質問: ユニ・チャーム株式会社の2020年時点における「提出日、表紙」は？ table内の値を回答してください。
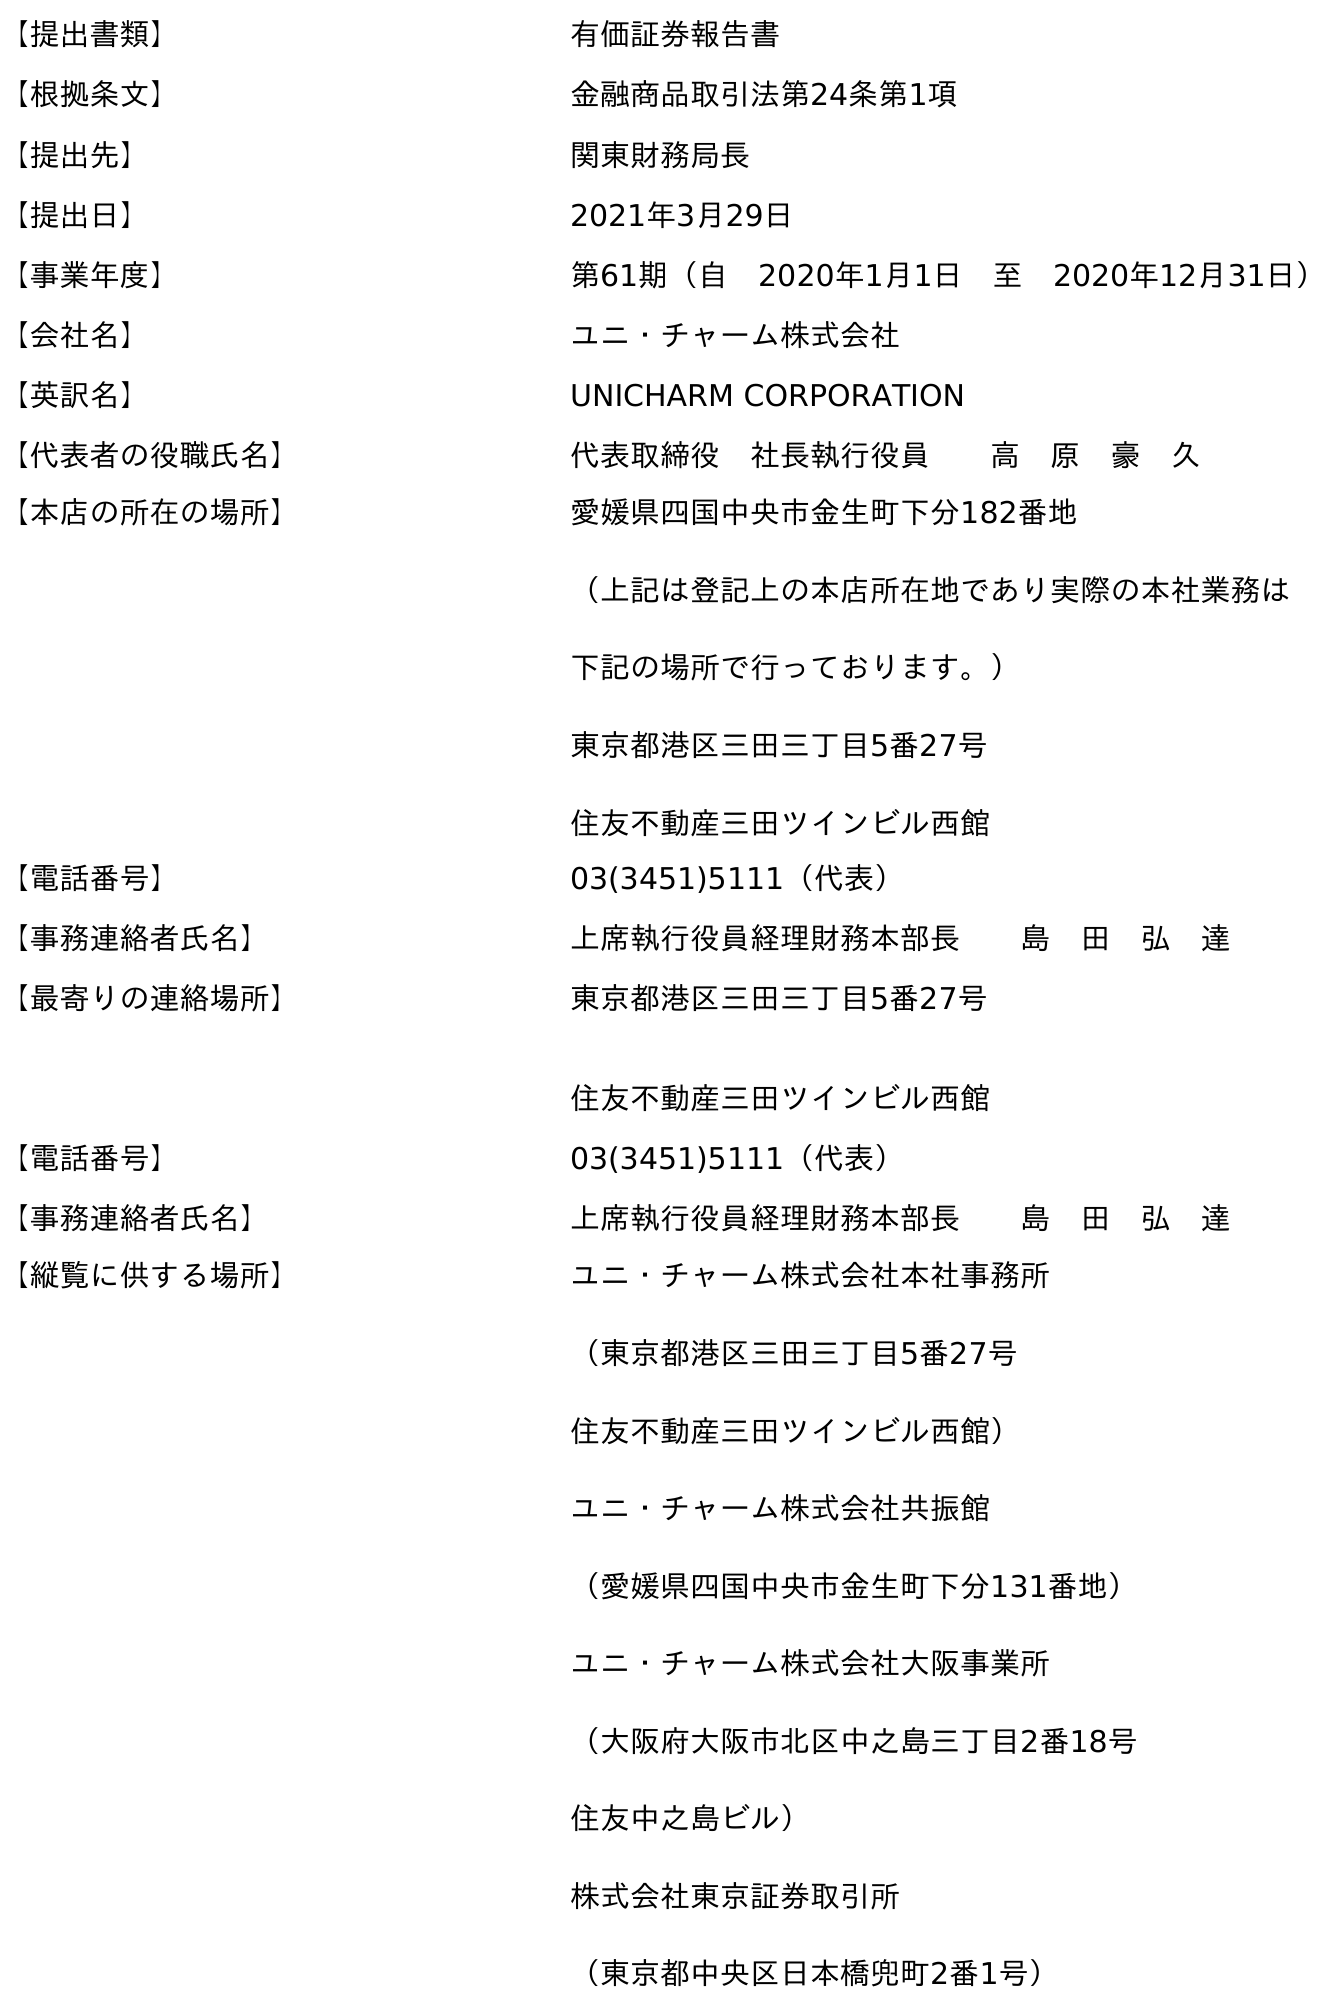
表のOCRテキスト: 【提出書類】 有価証券報告書 【根拠条文】 金融商品取引法第24条第1項 【提出先】 関東財務局長 【提出日】 2021年3月29日 【事業年度】 第61期（自 2020年1月1日 至 2020年12月31日） 【会社名】 ユニ・チャーム株式会社 【英訳名】 UNICHARM CORPORATION 【代表者の役職氏名】 代表取締役 社長執行役員  高 原 豪 久 【本店の所在の場所】 愛媛県四国中央市金生町下分182番地 （上記は登記上の本店所在地であり実際の本社業務は 下記の場所で行っております。） 東京都港区三田三丁目5番27号 住友不動産三田ツインビル西館 【電話番号】 03(3451)5111（代表） 【事務連絡者氏名】 上席執行役員経理財務本部長  島 田 弘 達 【最寄りの連絡場所】 東京都港区三田三丁目5番27号 住友不動産三田ツインビル西館 【電話番号】 03(3451)5111（代表） 【事務連絡者氏名】 上席執行役員経理財務本部長  島 田 弘 達 【縦覧に供する場所】 ユニ・チャーム株式会社本社事務所 （東京都港区三田三丁目5番27号 住友不動産三田ツインビル西館） ユニ・チャーム株式会社共振館 （愛媛県四国中央市金生町下分131番地） ユニ・チャーム株式会社大阪事業所 （大阪府大阪市北区中之島三丁目2番18号 住友中之島ビル） 株式会社東京証券取引所 （東京都中央区日本橋兜町2番1号）
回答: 2021年3月29日